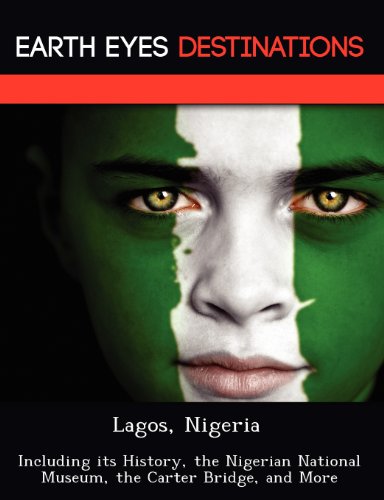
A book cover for Lagos, Nigeria: Including its History, the Nigerian National Museum, the Carter Bridge, and More; Sandra Wilkins; Travel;